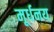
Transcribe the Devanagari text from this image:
मूर्धनय